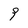
Character: 9